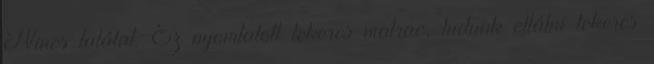
Nincs találat. Ez nyomtatott tekercs matrac, tudunk ellátni tekercs